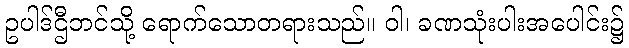
ဥပါဒ်ဌီဘင်သို့ ရောက်သောတရားသည်။ ဝါ၊ ခဏသုံးပါးအပေါင်း၌